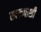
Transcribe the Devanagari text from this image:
स्वरूपाशी